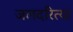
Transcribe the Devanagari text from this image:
जलदरित्या